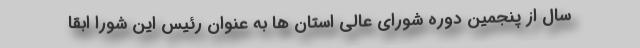
سال از پنجمین دوره شورای عالی استان ها به عنوان رئیس این شورا ابقا